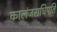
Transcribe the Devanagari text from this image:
कालंजराधिपति